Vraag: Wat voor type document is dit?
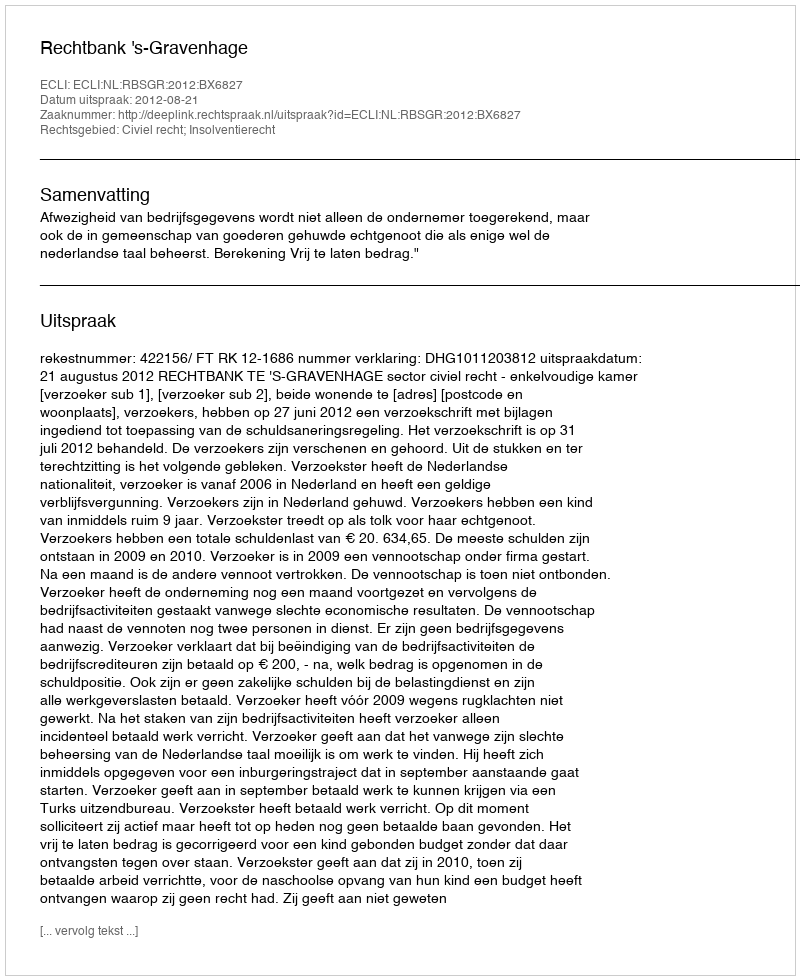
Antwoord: Uitspraak